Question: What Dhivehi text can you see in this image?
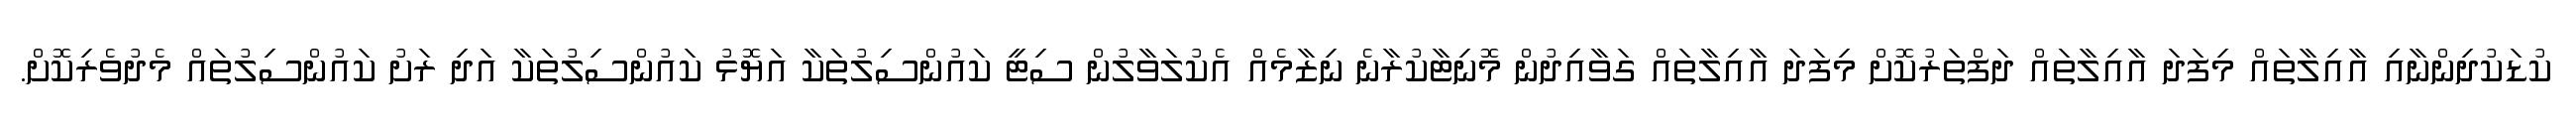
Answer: ކުޑަކުދިންނާއި އާއިލާތައް މިފަދަ އާއިލާތައް ދަފްތަރުކޮށް މިފަދަ އާއިލާތައް ގަވާއިދުން މޮނިޓާކުރާނެ ނިޒާމެއް އެކުލަވާލުން ސިޓީ ކައުންސިލުތަކާ އަޔޮޅު ކައުންސިލުތަކާ އަދި ރަށު ކައުންސިލުތައް މެދުވެރިކޮށް.